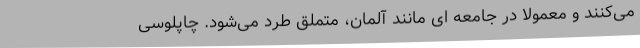
می‌کنند و معمولاً در جامعه ای مانند آلمان، متملق طرد می‌شود. چاپلوسی